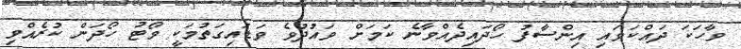
ވާހަކަ ދައްކަވައި އިންސާފު ހޯދައިދެއްވާނެ ކަމަށް ވައުދުވެ ވަޑައިގަތުމަކީ ވޯޓު ހޯދަން ކުރެއްވި